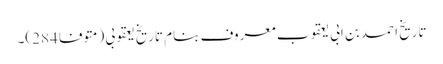
تاریخ احمد بن ابی یعقوب معروف بنام تاریخ یعقوبی (متوفا 284)۔